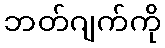
ဘတ်ဂျက်ကို